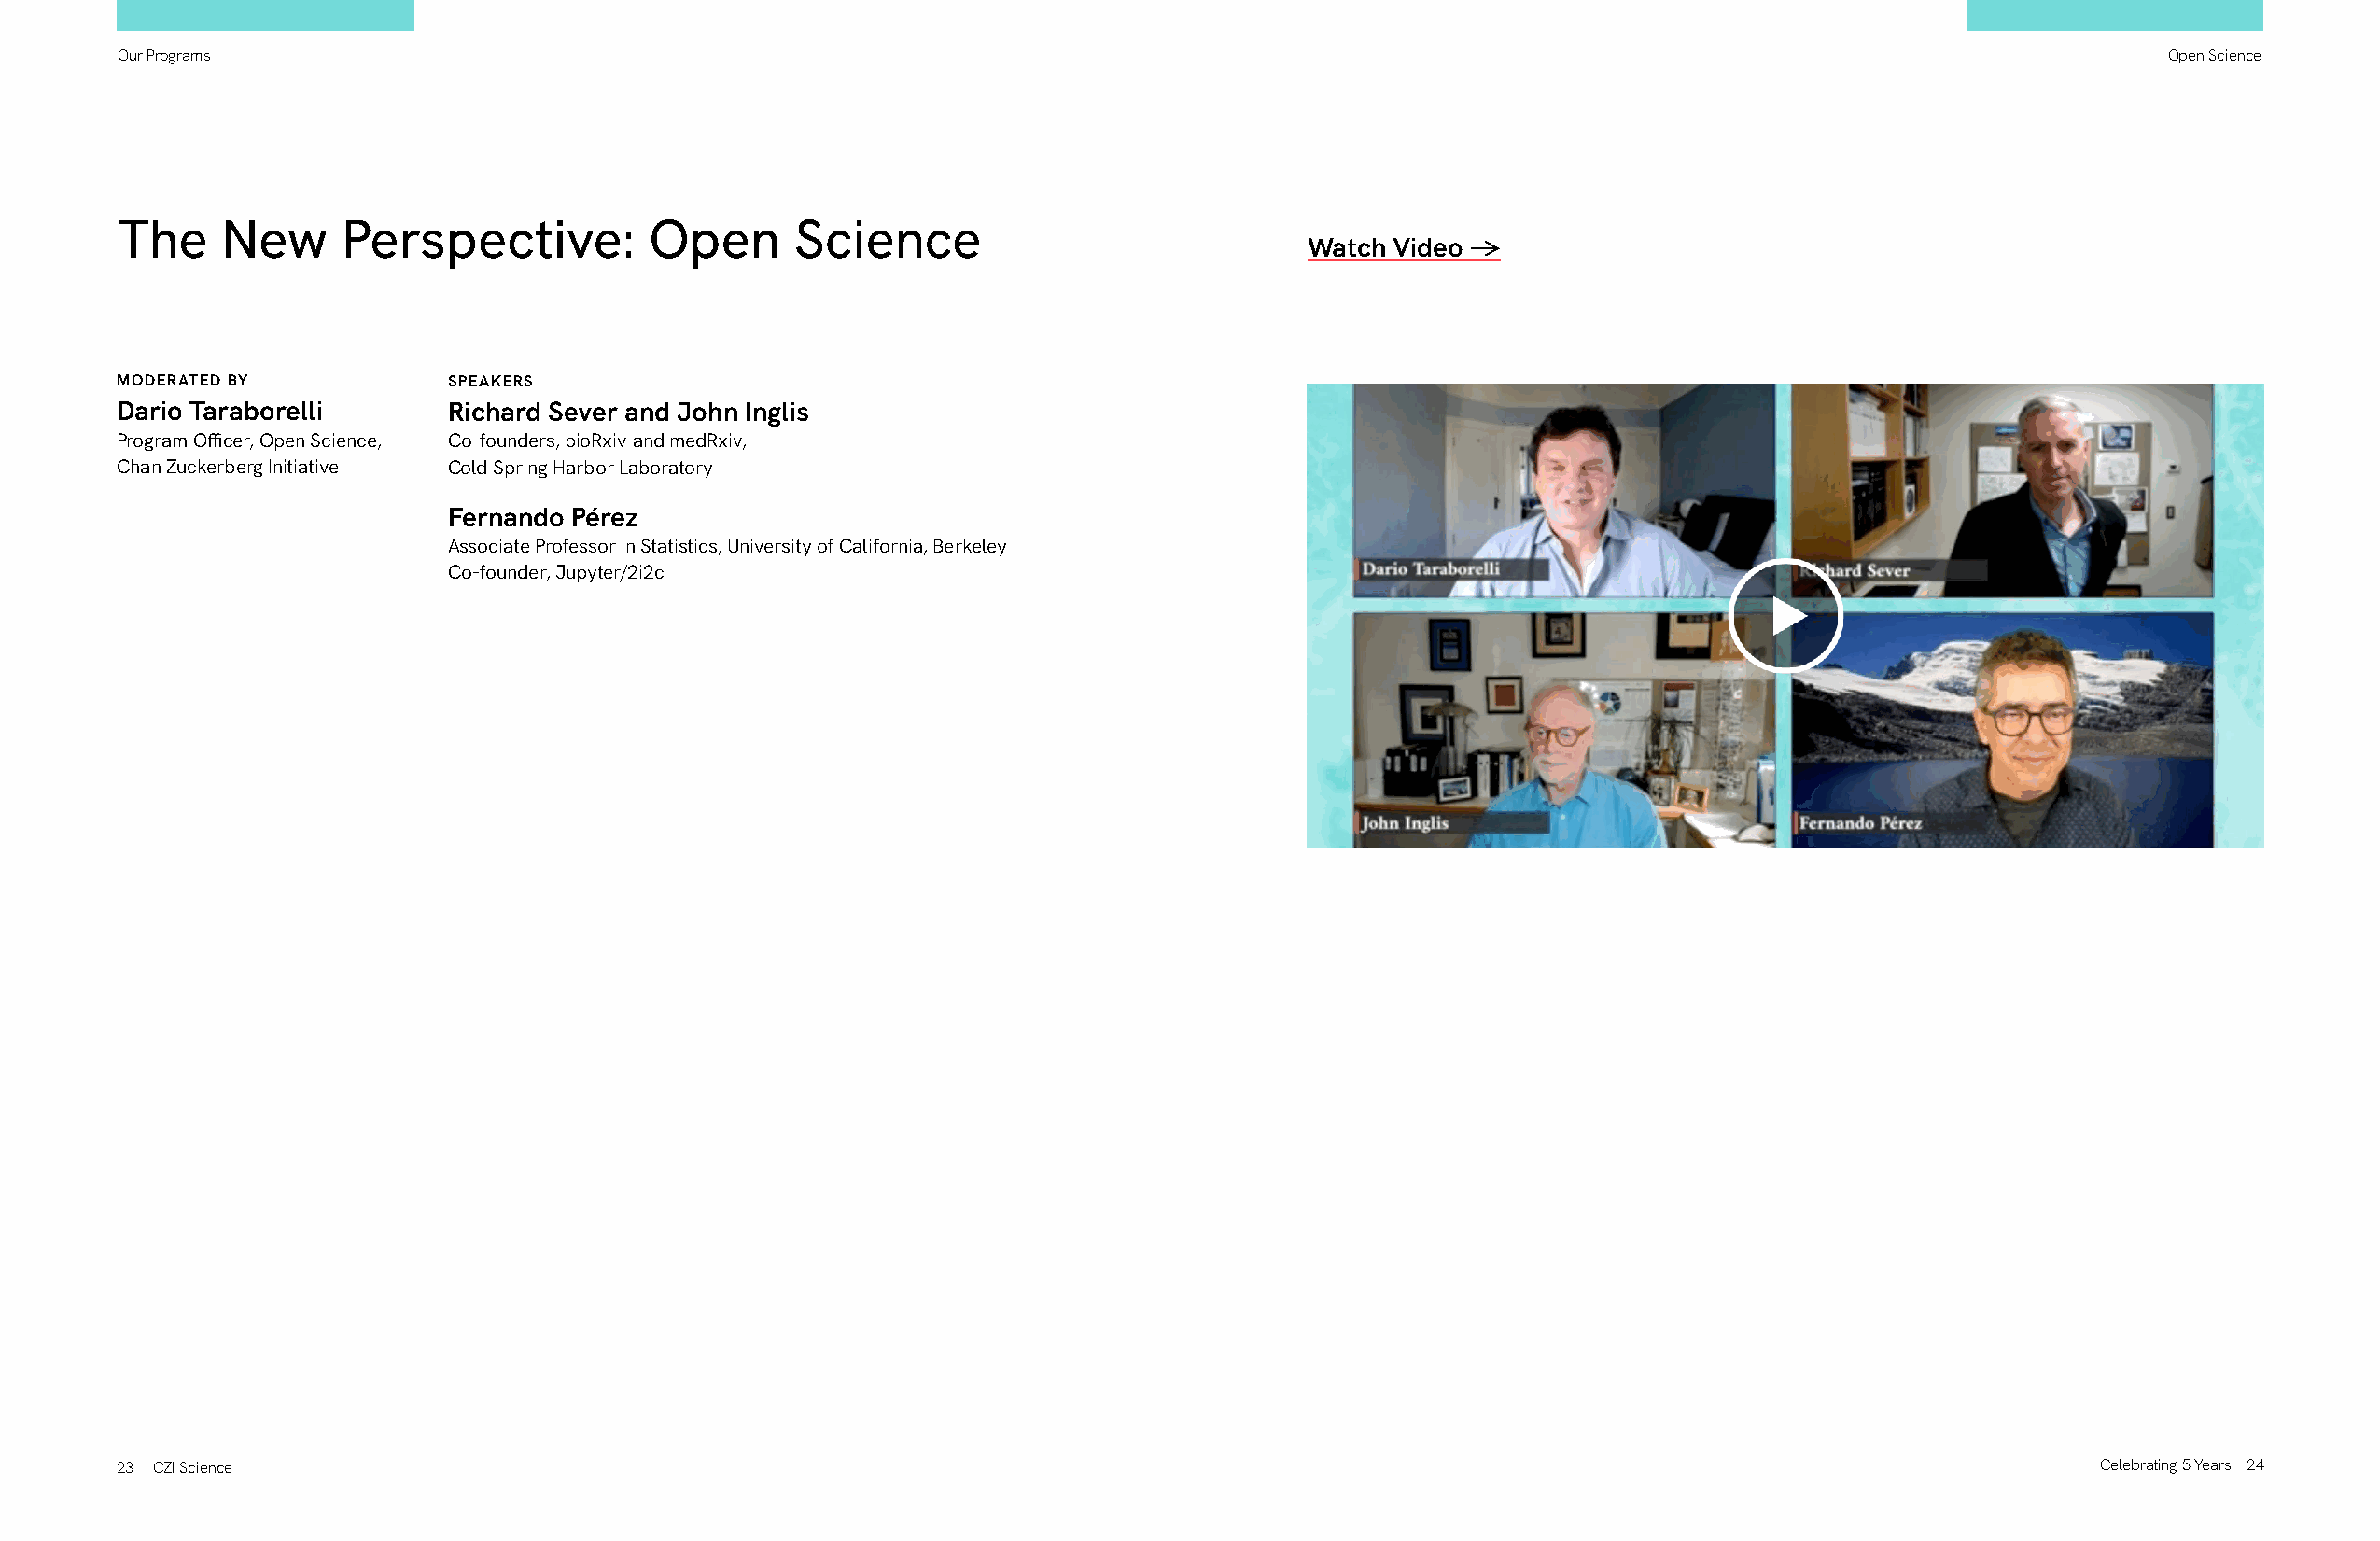
Our Programs                                                                                                                                      Open Science
 The     New     Perspective:          Open      Science
 Watch Video ->
 MODERATED BY            SPEAKERS
 Dario Taraborelli       Richard Sever and John Inglis
 Program Officer, Open Science, Co-founders, bioRxiv and medRxiv,
 Chan Zuckerberg Initiative Cold Spring Harbor Laboratory
 Fernando Pérez
 Associate Professor in Statistics, University of California, Berkeley
 Co-founder, Jupyter/2i2c
 23 CZI Science                                                                                                                               Celebrating 5 Years 24